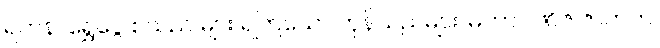
ရတနာရွှေငွေ စသည် များ ရကြသော ကုန်သည်များ၊ မဟာဝါဏိဇ ဇာတက၊